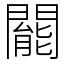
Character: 𨶙